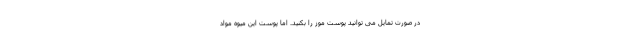
در صورت تمایل می توانید پوست موز را بکنید. اما پوست این میوه مواد